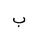
Letter: _ba